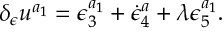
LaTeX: \delta _ { \epsilon } u ^ { a _ { 1 } } = \epsilon _ { 3 } ^ { a _ { 1 } } + \dot { \epsilon } _ { 4 } ^ { a } + \lambda \epsilon _ { 5 } ^ { a _ { 1 } } .